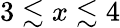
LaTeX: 3\lesssim x\lesssim 4